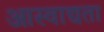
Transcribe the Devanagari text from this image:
आस्वाद्यता